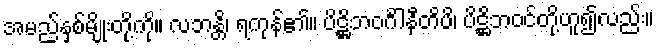
အမည်နှစ်မျိုးတို့ကို။ လဘန္တိ၊ ရကုန်၏။ ပိဋ္ဌိဘဝင်္ဂါနီတိပိ၊ ပိဋ္ဌိဘဝင်တို့ဟူ၍လည်း။